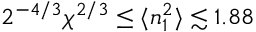
2 ^ { - 4 / 3 } \chi ^ { 2 / 3 } \leq \langle n _ { 1 } ^ { 2 } \rangle \lesssim 1 . 8 8